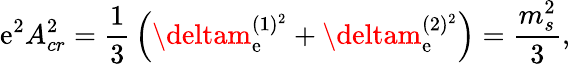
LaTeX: \mathrm{e}^{2}A_{cr}^{2}={\frac{{1}}{{3}}}\left(\deltam_{\mathrm{e}}^{(1)^{2}}+\deltam_{\mathrm{e}}^{(2)^{2}}\right)={\frac{{m_{s}^{2}}}{{3}}},